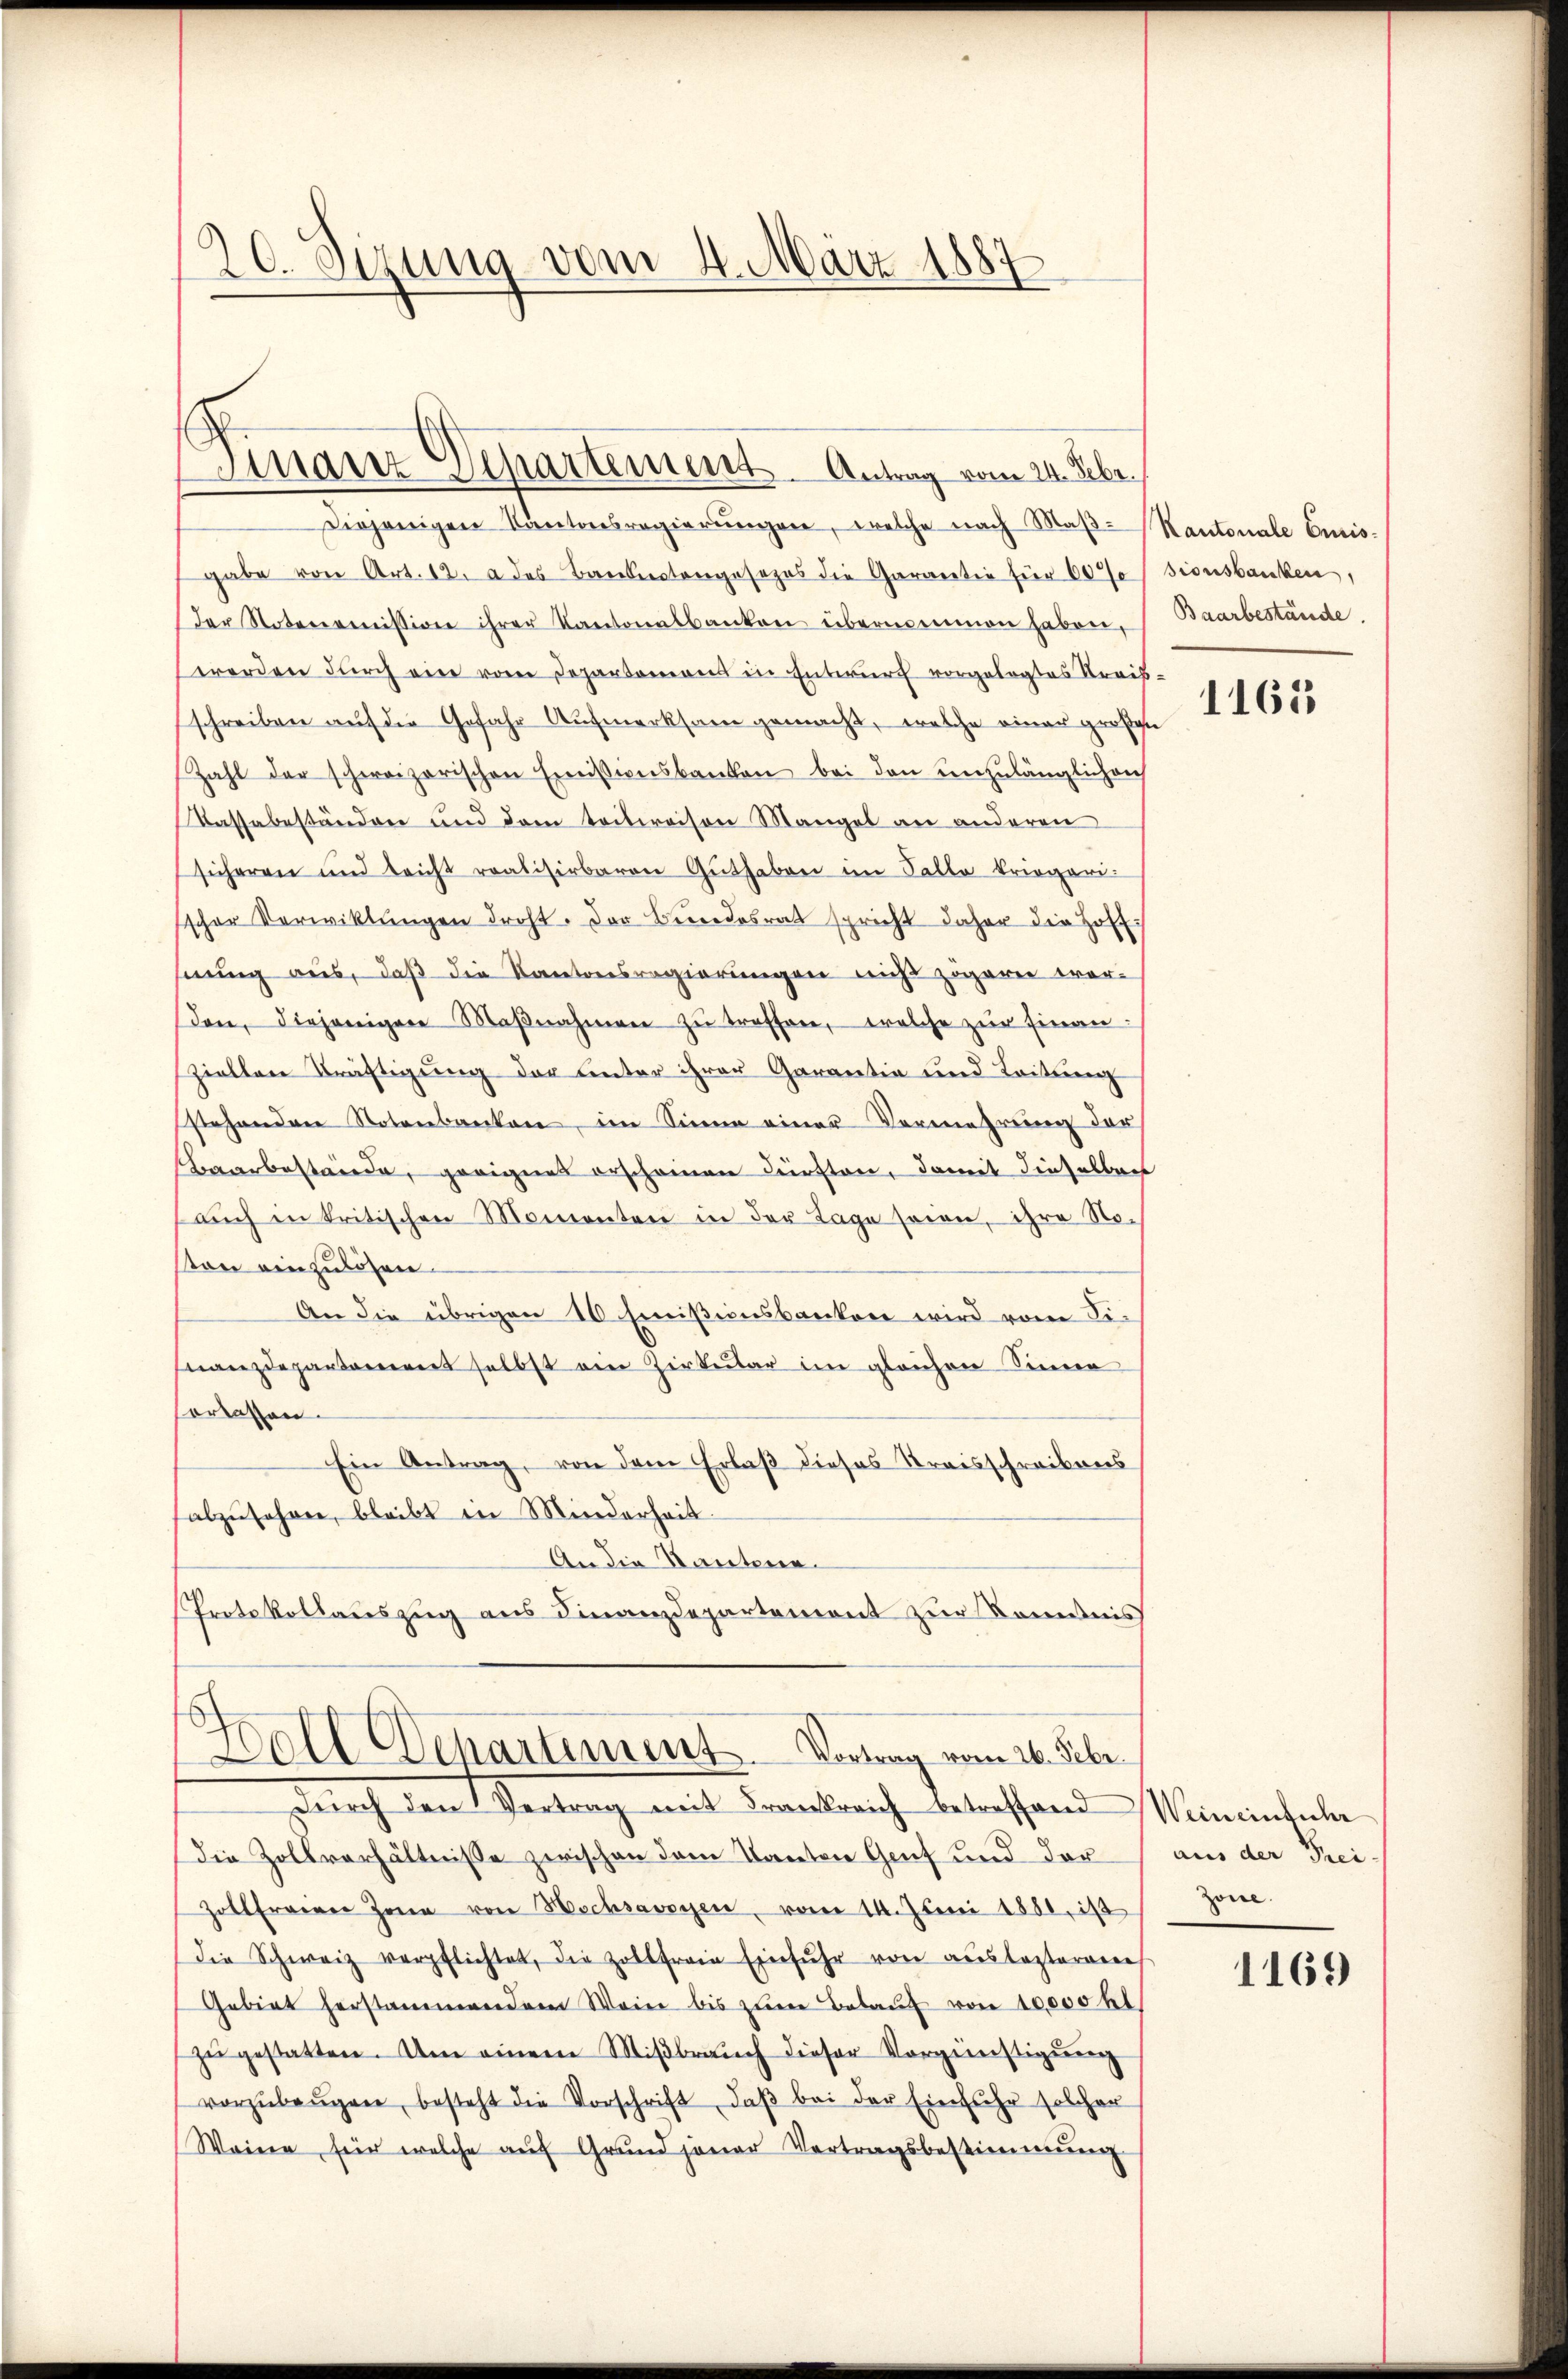
20. Sizung vom 4. März 1887

Finanz Departement. Antrag vom 24. Febr.

Diejenigen Kantonsregierŭngen, welche nach Maβ-Kantonale Curis-
gabe von Art. 12. a des Bandertengesezes die Garantie für 60% dionsbanken,
der Notenomission ihrer Kantonalbanken übernemmen haben,
werden dŭrch ein vom Departement in Entwurf vorgelegtes Streis-
schreiben auf die Gefahr Aufmerksam gemacht, welche einer großen
Zahl der schweizerischen Emissionsbanken bei den unzulänglichen
Kassabeständen und dem teilweisen Mangel an anderen
sicheren und leicht realisirbaren Guthaben im Talle kriegari-
sscher Verwittŭngen droht. Der Bundesrat spricht daher die Hoff
hnung aus, daß die Kantonsregierungen nicht zögeren wer-
don, diejenigen Maβnahmen zŭ treffen, welche zŭr Einan
sziellen Kräftigung der unter ihrer Garantia und Leitung
stehenden Notenbanken, im Sinne einer Vermehrung der
Baarbestände, geeignes erscheinen dürften, damit dieselben
aŭch in kritischen Momenten in der Tage seien, ihre No-
son einzulösen.
An die übrigen 10 Emißionsbanken wird vom Finanzdepartament selbst ein Zirkular im gleichen Sinne
verlassen.
Ein Antrag, von dem Erlaß dieses Kreisschreibens
fabzŭsehren, bleibt in Minderheit
An die Kantone.
Protokollauszug aus Finanzdepartement zur Kenntnis

Woll Departement. Vortrag vom 26. Febr.

Dŭrch den Vertrag mit Frankreich betreffend Weineinführ
die Zollverhältnisse zwischen dem Kanton Genf und der
Zollfreien Jena von Hochsavoyen vom 14. Juni 1881, ist
die Schweiz verpflichtet, die Zollfreie Einfuhr von aŭslasterene
Gebiet herstammendem Wein bis zŭm Belaŭf von 10000 hl
zŭ gestatten. Um einem Miβbraŭch dieser Vorgünstigung
vorzŭbeŭgen, besteht die Vorschrift, daβ bei der Einfuhr solcher
Weine für welche aŭf Grund jener Vertragsbestimmung

Baarbestände.

1165

aus der Frei
Zone.

1169